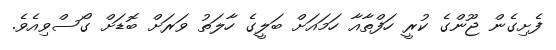
ފެށިގެން ޖޫންގެ ކުރީ ހަފްތާއާ ހަމައަށް ބަލީގެ ހާލަތު ވަރަށް ބޮޑަށް ގޯސްވިއެވެ.